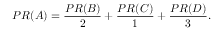
P R ( A ) = { \frac { P R ( B ) } { 2 } } + { \frac { P R ( C ) } { 1 } } + { \frac { P R ( D ) } { 3 } } .